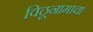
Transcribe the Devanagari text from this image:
विठूनामाचा